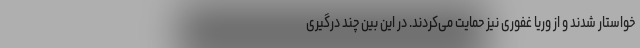
خواستار شدند و از وریا غفوری نیز حمایت می‌کردند. در این بین چند درگیری